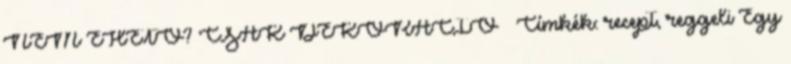
NEM EHETŐ? CSAK DEKORÁCIÓ Címkék: recept, reggeli Egy